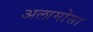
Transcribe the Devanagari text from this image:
अलामोसा